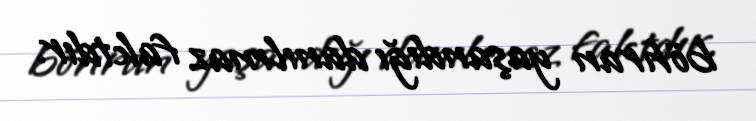
böhran yaşandığı danılmaz faktdır.